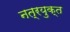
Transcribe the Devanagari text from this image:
नत्रयुक्त